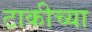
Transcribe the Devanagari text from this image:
टाकीच्या